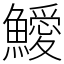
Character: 鱫